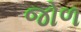
જોળ